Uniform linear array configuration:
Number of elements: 24
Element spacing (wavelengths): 1
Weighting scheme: hamming
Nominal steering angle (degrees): -45
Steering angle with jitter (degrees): -45.244
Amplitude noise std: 0.05
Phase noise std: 0.05

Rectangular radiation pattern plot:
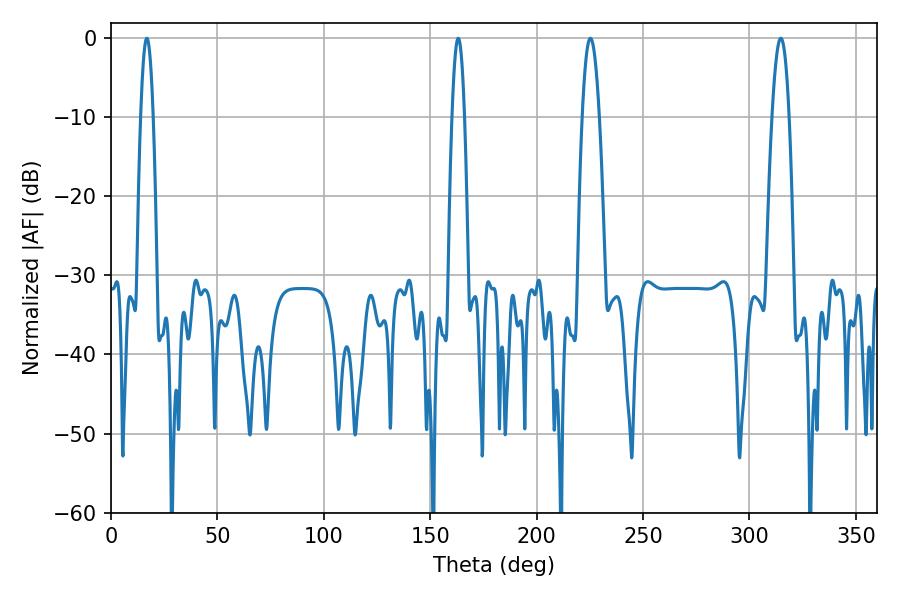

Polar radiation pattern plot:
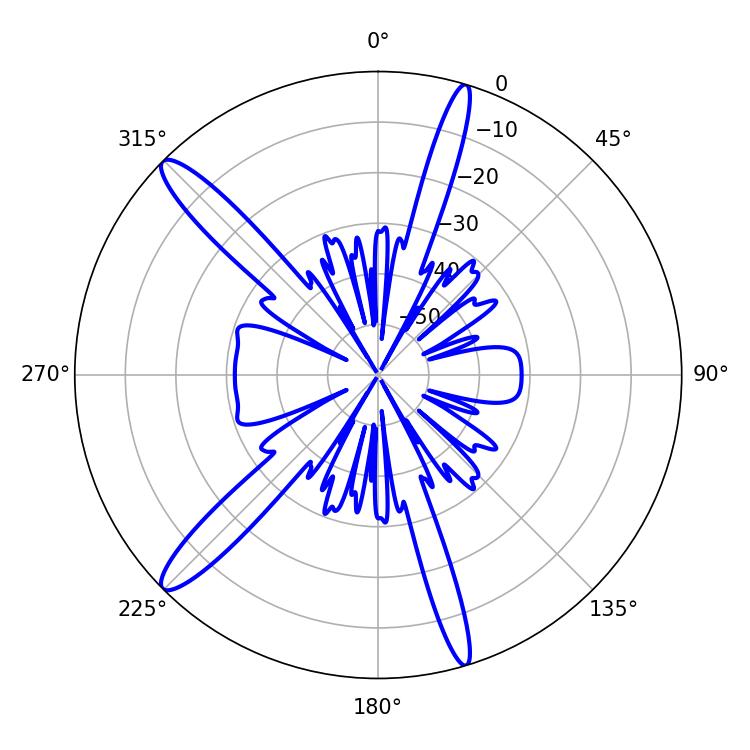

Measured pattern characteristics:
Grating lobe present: TRUE
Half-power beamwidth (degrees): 4.32
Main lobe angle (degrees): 225.18